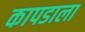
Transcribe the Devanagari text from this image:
कापडाला